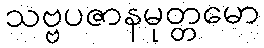
သဗ္ဗပဇာနမုတ္တမော